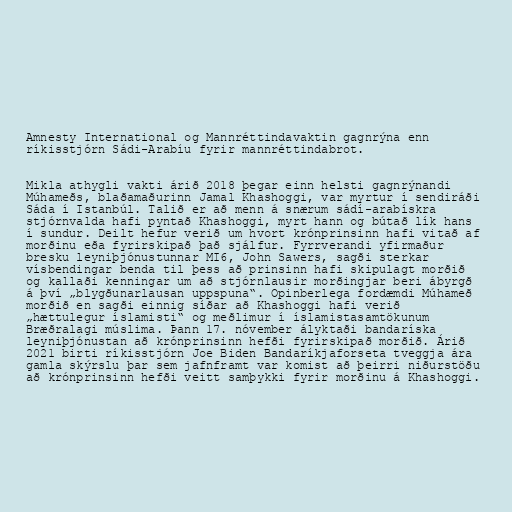
Amnesty International og Mannréttindavaktin gagnrýna enn
ríkisstjórn Sádi-Arabíu fyrir mannréttindabrot.

Mikla athygli vakti árið 2018 þegar einn helsti gagnrýnandi
Múhameðs, blaðamaðurinn Jamal Khashoggi, var myrtur í sendiráði
Sáda í Istanbúl. Talið er að menn á snærum sádí-arabískra
stjórnvalda hafi pyntað Khashoggi, myrt hann og bútað lík hans
í sundur. Deilt hefur verið um hvort krónprinsinn hafi vitað af
morðinu eða fyrirskipað það sjálfur. Fyrr­ver­andi yf­ir­maður
bresku leyniþjón­ust­unn­ar MI6, John Sawers, sagði sterkar
vísbendingar benda til þess að prinsinn hafi skipulagt morðið
og kallaði kenningar um að stjórnlausir morðingjar beri ábyrgð
á því „blygðun­ar­laus­an upp­spuna“. Opinberlega fordæmdi Múhameð
morðið en sagði einnig síðar að Khashoggi hafi verið
„hættulegur íslamisti“ og meðlimur í íslamistasamtökunum
Bræðralagi múslima. Þann 17. nóvember ályktaði bandaríska
leyniþjónustan að krónprinsinn hefði fyrirskipað morðið. Árið
2021 birti ríkisstjórn Joe Biden Bandaríkjaforseta tveggja ára
gamla skýrslu þar sem jafnframt var komist að þeirri niðurstöðu
að krónprinsinn hefði veitt samþykki fyrir morðinu á Khashoggi.